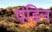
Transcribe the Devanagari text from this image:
पंडिन